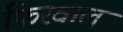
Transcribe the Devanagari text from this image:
फिरवाल